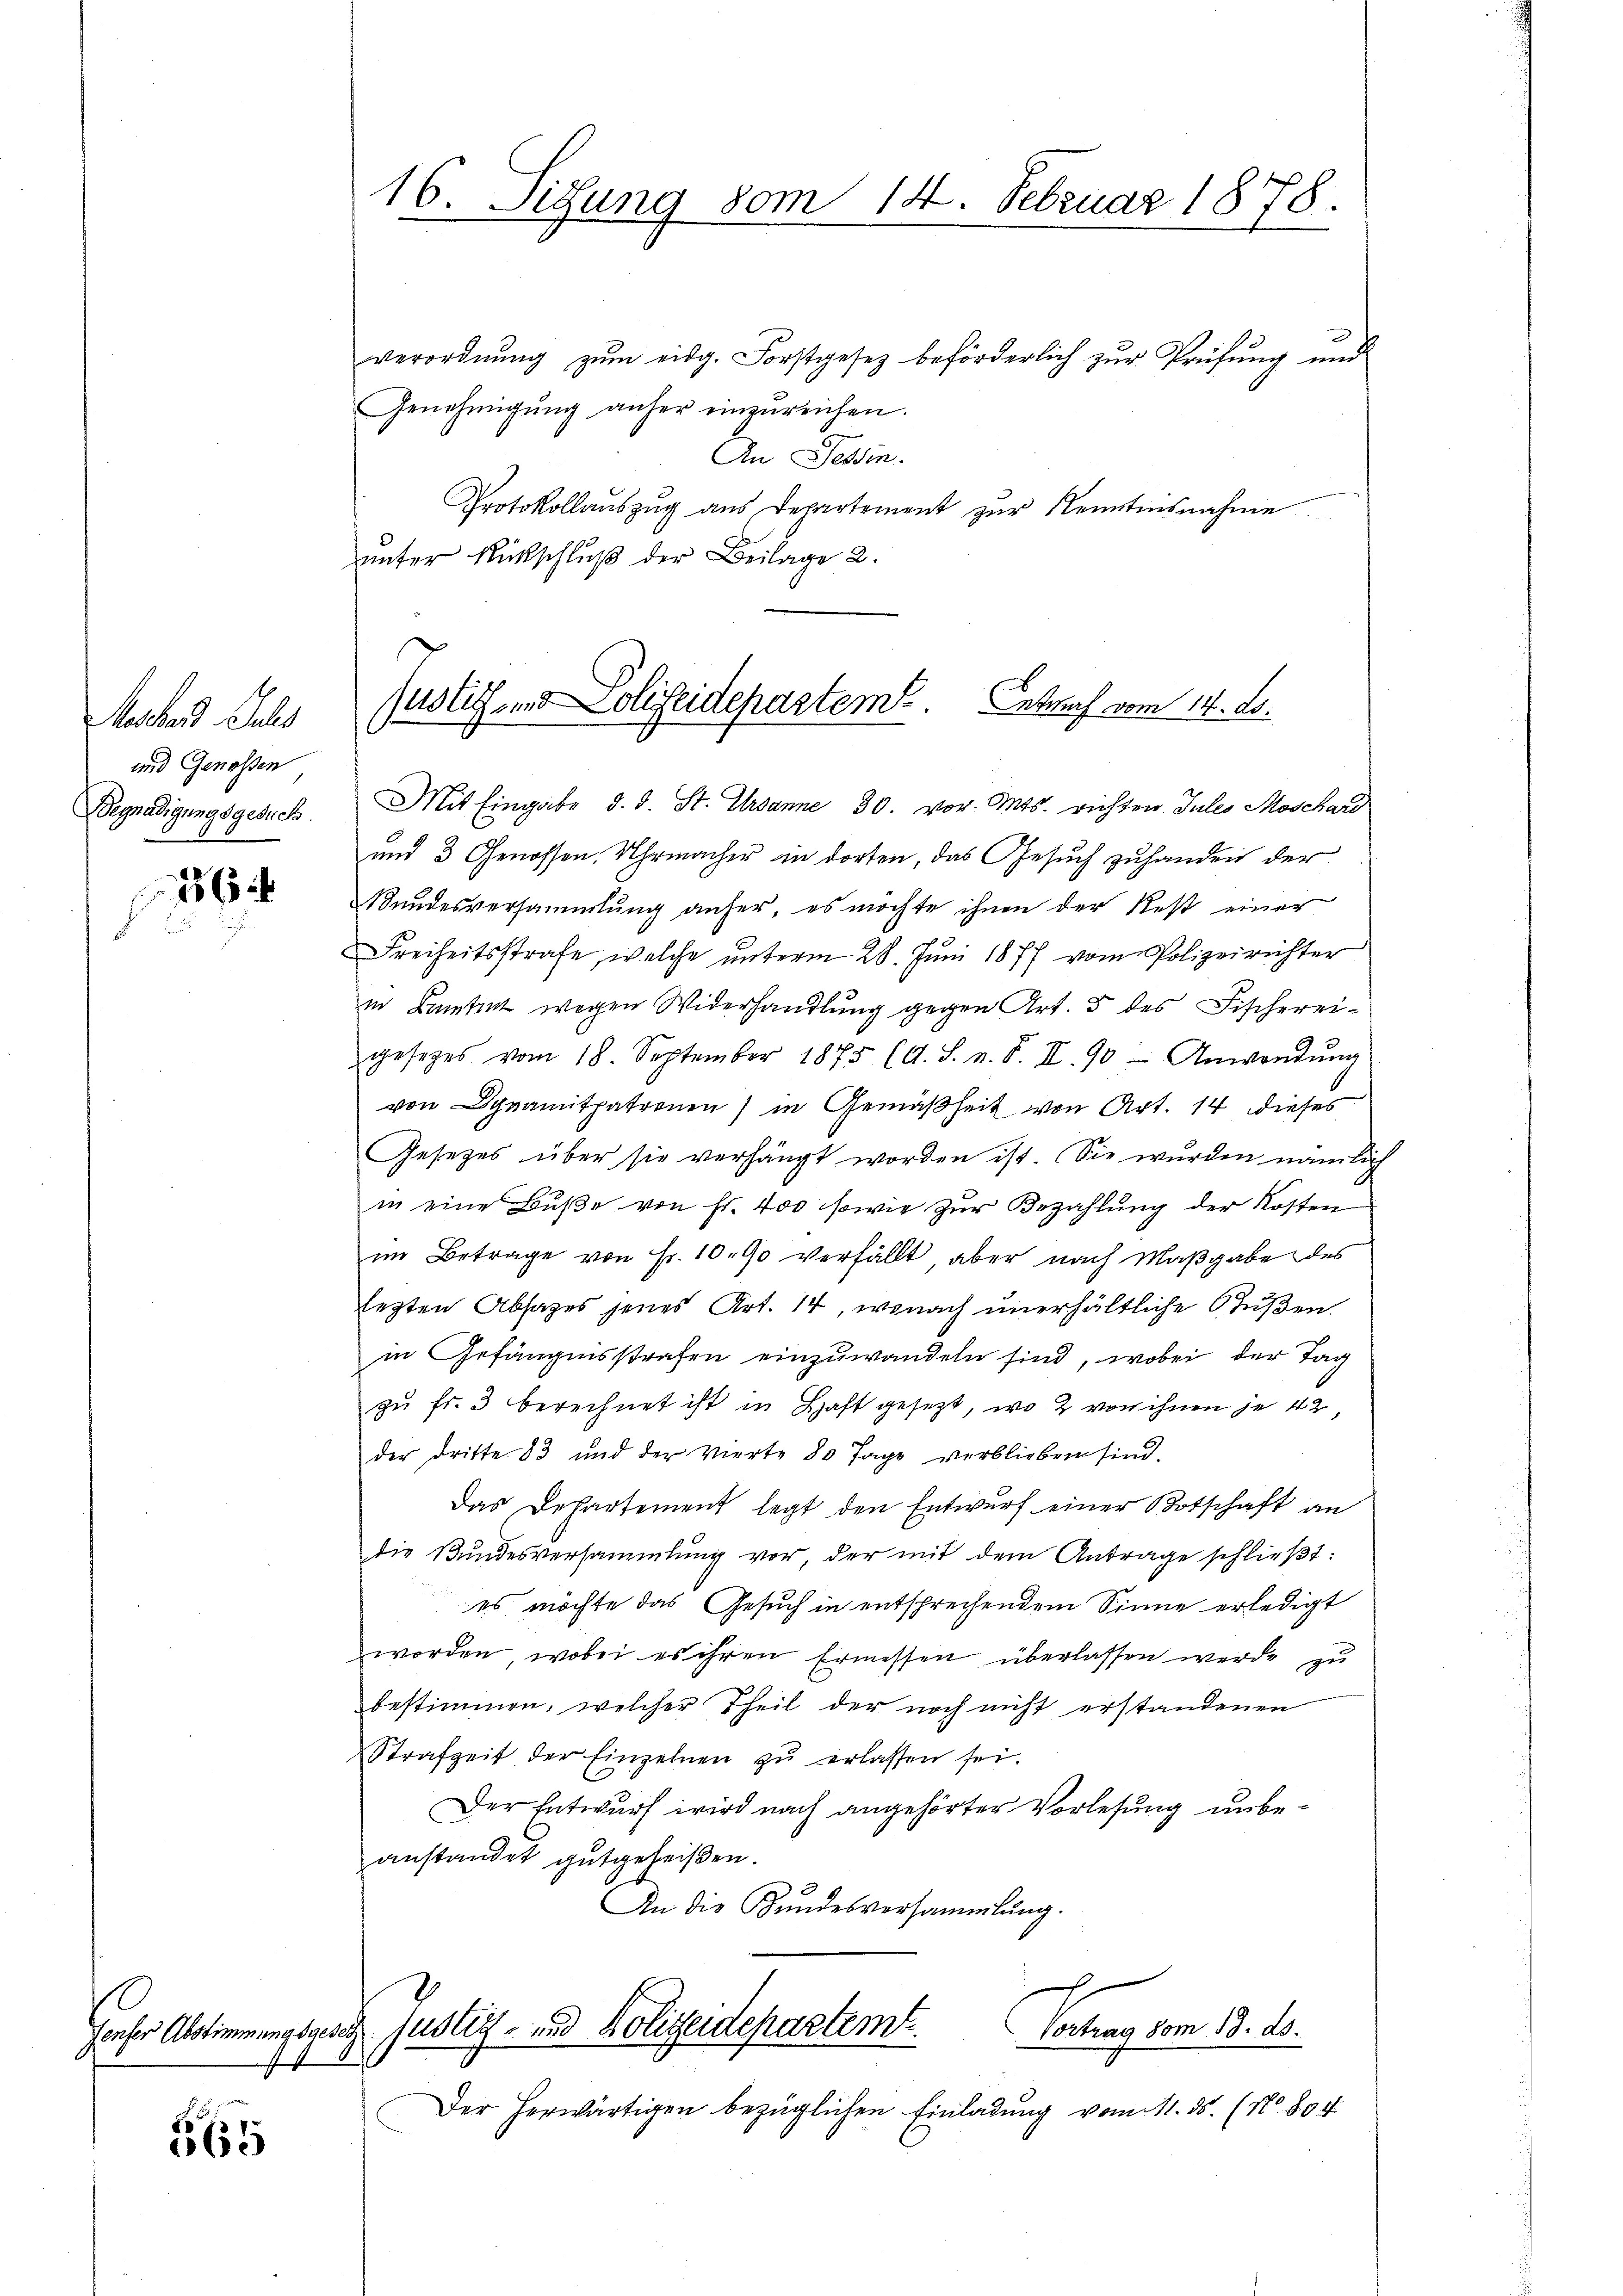
Mechard Sules
und Genossen
Begnadigungsgesuch.

26

1

56

verordnŭng zŭm eidg. Forstgesez beförderlich zur Prüfung und
Genehmigŭng anher einzureichen.
An Tessin.
Protokollauszug aus Departement zur Kenntensnahme
unter Rückschluß der Beilage 2.

16. Sitzung vom 14. Februar 1878.

justiz- und Polizeideparteme. Betrach vom 14. ds.

Gonser Abstimmungsactis Justiz- und Polizeidepartemt
Cortung vom 13. ds.

Mit Eingabe d. d. St. Ursanne, 30. vor. Mts. richten Jules Moschar
und 3 Genossen, Uhrmacher in dorten, das Gesuch zuhanden der
Kundesversammlung anher, es möchte ihnen der Rest einer
Freiheitsstrafe, welche ŭnterm 28. Jŭni 1877 vom Polizeirichter
in Bamtint wegen Widerhandlŭng gegen Art. 5 des Fischerei-
gesetzes vom 18. September 1875 (A. S. n. F. II. 90 Anwendŭng
von Dynamitpatronen) in Gemäßheit von Art. 14 dieses
Gesetzes über sie verhängt worden ist. Sie wurden nämlich
in eine Bŭβe von Fr. 400 sowie zur Bezahlung der Kosten
im Betrage von Fr. 10. 90 verfällt, aber nach Maßgabe des
lezten Absatzes jenes Art. 14, wonach unerhältliche Stüßen
in Gefängnisstrafen einzuwandeln sind, wobei der Tag
zŭ fr. 3 berechnet ist in Haft gesezt, wo 2 von ihnen je 42,
der dritte. 83 und der vierte 80 Tage verblieben sind.
Das Departement legt den Entwurf einer Botschaft an
die Bundesversammlung vor der mit dem Antrage schlieβt:
es möchte das Gesuch in entsprechendem Sinne erledigt
worden, wobei es ihren Ermessen überlassen werde zu
bestimmen, welcher Theil der noch nicht erstandenen
Strafzeit der Einzelnen zŭ erlassen sei.
Der Entwurf wird nach angehörter Vorlesung unbeanstandet gutgeheißen.
An die Bundesversammlung.

Der herwärtigen bezüglichen Einladung vom 11. ds. (No 804